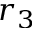
r _ { 3 }